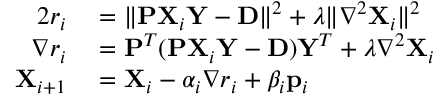
\begin{array} { r l } { 2 r _ { i } } & { { } = \Vert \mathbf { P X } _ { i } \mathbf { Y } - \mathbf { D } \Vert ^ { 2 } + \lambda \Vert \nabla ^ { 2 } \mathbf { X } _ { i } \Vert ^ { 2 } } \\ { \nabla r _ { i } } & { { } = \mathbf { P } ^ { T } ( \mathbf { P X } _ { i } \mathbf { Y } - \mathbf { D } ) \mathbf { Y } ^ { T } + \lambda \nabla ^ { 2 } \mathbf { X } _ { i } } \\ { \mathbf { X } _ { i + 1 } } & { { } = \mathbf { X } _ { i } - \alpha _ { i } \nabla { r _ { i } } + \beta _ { i } \mathbf { p } _ { i } } \end{array}